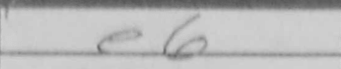
Transcription: e6